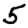
Digit: 5